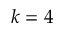
k = 4